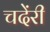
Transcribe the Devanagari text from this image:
चदेंरी